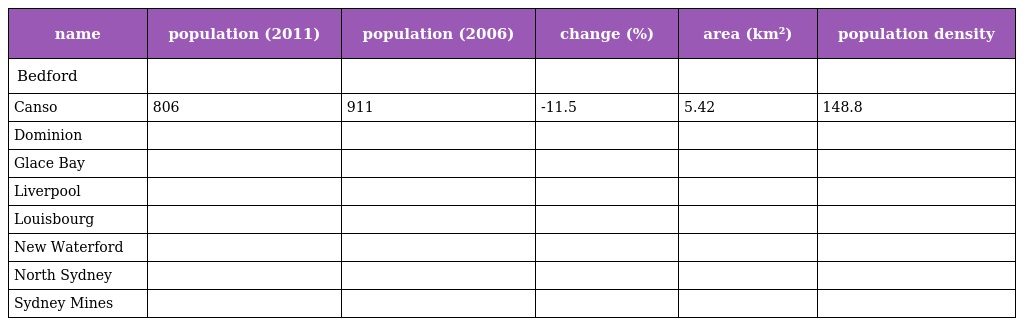
| name | population (2011) | population (2006) | change (%) | area (km²) | population density |
 | --- | --- | --- | --- | --- | --- |
 | Bedford |  |  |  |  |  |
 | Canso | 806 | 911 | -11.5 | 5.42 | 148.8 |
 | Dominion |  |  |  |  |  |
 | Glace Bay |  |  |  |  |  |
 | Liverpool |  |  |  |  |  |
 | Louisbourg |  |  |  |  |  |
 | New Waterford |  |  |  |  |  |
 | North Sydney |  |  |  |  |  |
 | Sydney Mines |  |  |  |  |  |